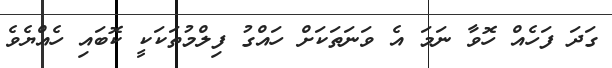
ގަދަ ފަހެއް ހޮވާ ނަމަ އެ ވަނަތަކަށް ހައްގު ފިލްމުތަކަކީ ކޮބައި ހެއްޔެވެ